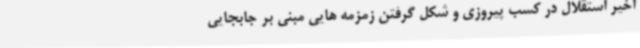
اخیر استقلال در کسب پیروزی و شکل گرفتن زمزمه هایی مبنی بر جابجایی